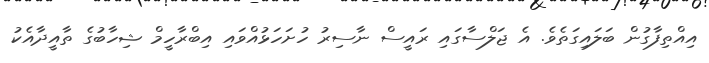
އިއްތިފާގުން ބަލައިގަތެވެ. އެ ޖަލްސާގައި ރައީސް ނާސިރު ހުށަހަޅުއްވައި އިބްރާހީމް ޝިހާބުގެ ތާއީދާއެކު